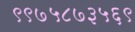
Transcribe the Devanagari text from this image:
९९७५८७३५६९